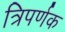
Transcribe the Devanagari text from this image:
त्रिपर्णक